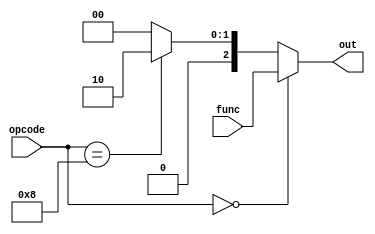
module alu_control(opcode  , func , out);
input [3:0] opcode;
input  [2:0] func;
output reg [2:0] out;

always @ (*)
begin
if(opcode == 4'b0000)
out <= func;

else if(opcode == 4'b1000)
out <= 3'b010;

else
out <= 3'b000;

end
endmodule